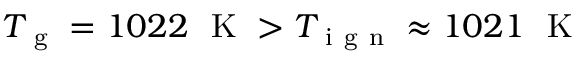
T _ { \mathrm { ~ g ~ } } = 1 0 2 2 ~ \mathrm { ~ K ~ } > T _ { \mathrm { ~ i ~ g ~ n ~ } } \approx 1 0 2 1 ~ \mathrm { ~ K ~ }